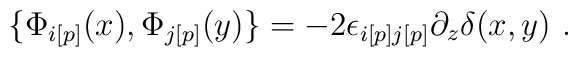
\{{\Phi}_{i[p]}(x), {\Phi}_{j[p]}(y)\} = -2{\epsilon}_{i[p]j[p]}\partial_z{\delta}(x,y) \ .